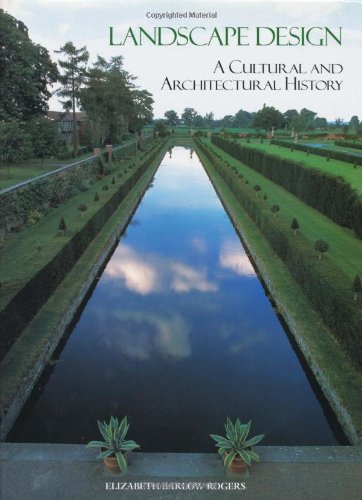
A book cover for Landscape Design: A Cultural and Architectural History; Elizabeth Barlow Rogers; Arts & Photography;